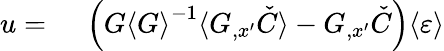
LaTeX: \begin{array}{rl}{u={}}&{{}\left(G{\langle G\rangle}^{-1}\langle G_{,x^{\prime}}\check{C}\rangle-G_{,x^{\prime}}\check{C}\right)\langle\varepsilon\rangle}\end{array}